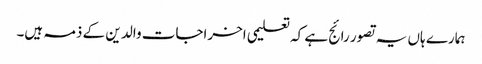
ہمارے ہاں یہ تصور رائج ہے کہ تعلیمی اخراجات والد ین کے ذمہ ہیں۔